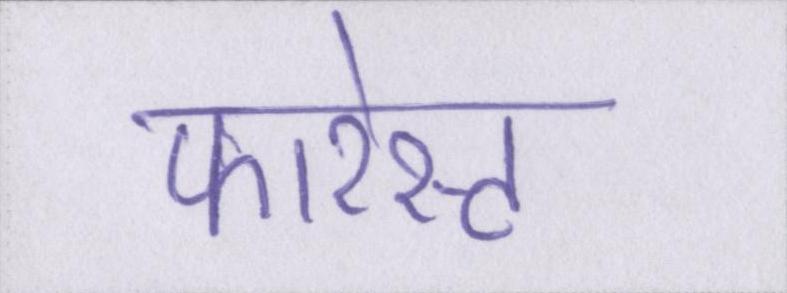
फारेस्ट